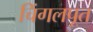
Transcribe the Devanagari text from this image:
चिंगलपूत